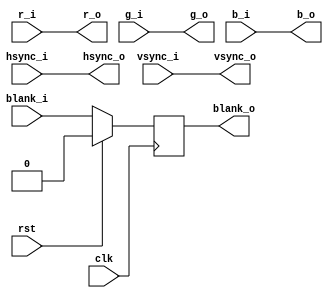
module dvga_sprite_post(
  clk, rst,
  r_i, g_i, b_i, hsync_i, vsync_i, blank_i,
  r_o, g_o, b_o, hsync_o, vsync_o, blank_o
);

input			clk;
input			rst;

input  [7:0]            r_i;
input  [7:0]            g_i;
input  [7:0]            b_i;
input                   hsync_i;
input                   vsync_i;
input                   blank_i;

output [7:0]            r_o;
output [7:0]            g_o;
output [7:0]            b_o;
output                  hsync_o;
output                  vsync_o;
output                  blank_o;

// Pipeline step 0
reg                     blank0;

// Pipeline step 0
always @ (posedge clk)
  if (rst == 1'b1)
    blank0 <= 1'b0;
  else
    blank0 <= blank_i;

// Outputs
assign r_o     = r_i;
assign g_o     = g_i;
assign b_o     = b_i;
assign hsync_o = hsync_i;
assign vsync_o = vsync_i;
assign blank_o = blank0;

endmodule